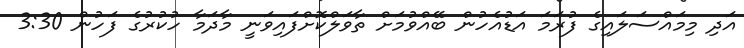
އަދި މިމައްސަލައިގެ ފުރަމަ އަޑުއެހުން ބޭއްވުމަށް ތާވަލްކޮށްފައިވަނީ މާދަމާ ހުކުރުގެ ފަހުން 3:30